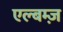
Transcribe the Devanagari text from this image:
एल्बम्ज़